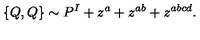
\{ Q , Q \} \sim P ^ { I } + z ^ { a } + z ^ { a b } + z ^ { a b c d } .